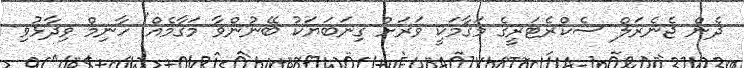
ދެން ޖެނެރަލް ސެކްރެޓަރީގެ މަގާމަކީ ވަރަށް ގިނަބަޔަކު ބޭނުންވާ މަގާމެއް" ހާނިމް ވިދާޅުވި